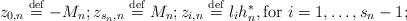
LaTeX: \begin{align*}z_{0,n}\stackrel{\rm def}{=}-M_{n};z_{s_{n},n}\stackrel{\rm def}{=}M_{n};z_{i,n}\stackrel{\rm def}{=}l_{i}h_{n}^{*},\mbox{for }i=1,\ldots ,s_{n}-1; \end{align*}